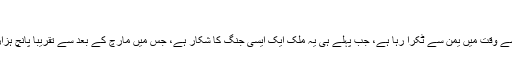
‘‘
یہ سمندری طوفان ایک ایسے وقت میں یمن سے ٹکرا رہا ہے، جب پہلے ہی یہ ملک ایک ایسی جنگ کا شکار ہے، جس میں مارچ کے بعد سے تقریبا پانچ ہزار افراد ہلاک ہو چکے ہیں۔